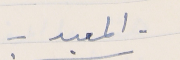
- المعبد -